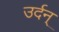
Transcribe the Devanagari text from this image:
उर्दन्